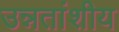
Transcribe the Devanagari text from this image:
उन्नतांशीय